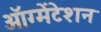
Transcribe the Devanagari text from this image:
ऑग्मेंटेशन